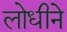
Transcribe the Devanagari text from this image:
लोधीने